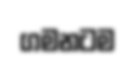
ගමනටම